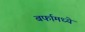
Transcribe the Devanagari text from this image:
बर्फामध्ये